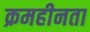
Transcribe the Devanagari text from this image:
क्रमहीनता